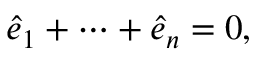
{ \widehat { e } } _ { 1 } + \cdots + { \widehat { e } } _ { n } = 0 ,